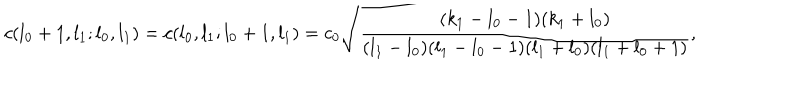
c ( l _ { 0 } + 1 , l _ { 1 } ; l _ { 0 } , l _ { 1 } ) = c ( l _ { 0 } , l _ { 1 } ; l _ { 0 } + 1 , l _ { 1 } ) = c _ { 0 } \sqrt { \frac { ( k _ { 1 } - l _ { 0 } - 1 ) ( k _ { 1 } + l _ { 0 } ) } { ( l _ { 1 } - l _ { 0 } ) ( l _ { 1 } - l _ { 0 } - 1 ) ( l _ { 1 } + l _ { 0 } ) ( l _ { 1 } + l _ { 0 } + 1 ) } } ,